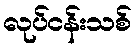
လုပ်ငန်းသစ်